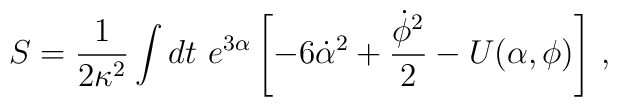
S = \frac{1}{2\kappa^2}\int{ dt \ e^{3\alpha} \left[ -6 \dot{\alpha}^{2} + \frac{\dot{\phi}^2}{2} - U(\alpha,\phi)\right] }     \ ,